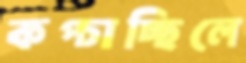
কপ্‌চাচ্ছিলে